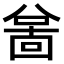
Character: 𫤲